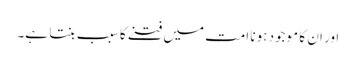
اور ان کا موجود ہونا امت میں فتنے کا سبب بنتا ہے۔